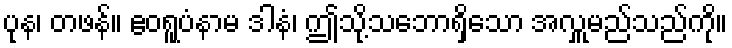
ပုန၊ တဖန်။ ဧဝရူပံနာမ ဒါနံ၊ ဤသို့သဘောရှိသော အလှူမည်သည်ကို။